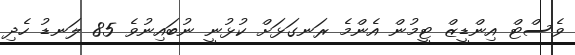
ވެސްޓް އިންޑީޒް ޓީމުން އެންމެ ރަނގަޅަށް ކުޅުނީ ނުބައިނުވެ 85 ލަނޑު ހެދި